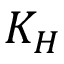
K _ { H }